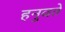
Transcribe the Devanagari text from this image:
हनुवते